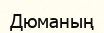
Дюманың